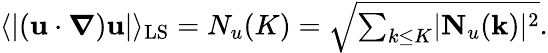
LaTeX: \begin{array}{r}{\langle\lvert\left(\mathbf{u}\cdot\boldsymbol{\nabla}\right)\mathbf{u}\rvert\rangle_{\mathrm{LS}}=N_{u}(K)=\sqrt{\sum_{k\leq{K}}\lvert{\mathbf N}_{u}(\mathbf{k})\rvert^{2}}.}\end{array}